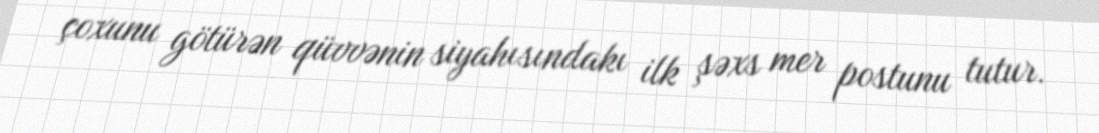
çoxunu götürən qüvvənin siyahısındakı ilk şəxs mer postunu tutur.